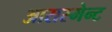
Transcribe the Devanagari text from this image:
आरास्मेन्ट